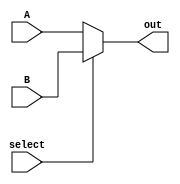
`timescale 1ns / 1ps
//////////////////////////////////////////////////////////////////////////////////
// Company: 
// Engineer: 
// 
// Design Name: 
// Module Name: addr_mux
// Project Name: 
// Target Devices: 
// Tool Versions: 
// Description: 
// 
// Dependencies: 
// 
// Revision:
// Revision 0.01 - File Created
// Additional Comments:
// 
//////////////////////////////////////////////////////////////////////////////////


module addr_mux(

    input [4:0] A,
    input [4:0] B,
    input select,
    output [4:0] out
    );
    assign out = select ? B : A;
endmodule